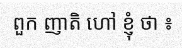
ពួក ញាតិ ហៅ ខ្ញុំ ថា ៖